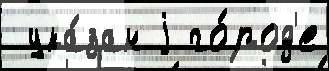
 ука́зан j го́род'е